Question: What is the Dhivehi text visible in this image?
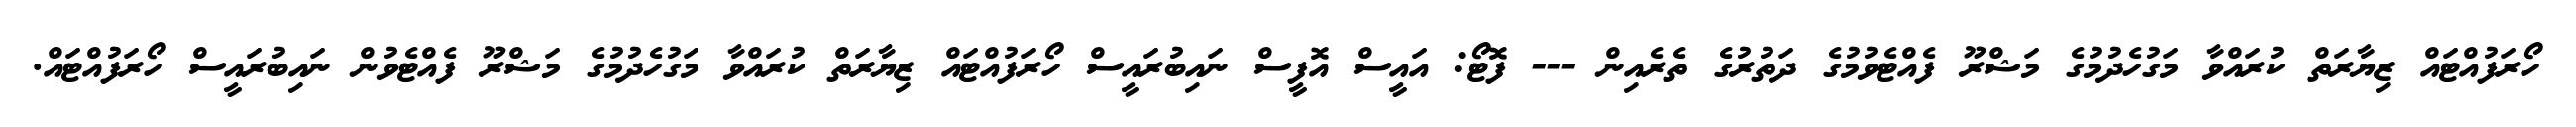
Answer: ހޯރަފުއްޓައް ޒިޔާރަތް ކުރައްވާ މަގުހެދުމުގެ މަޝްރޫ ފެއްޓެވުމުގެ ދަތުރުގެ ތެރެއިން --- ފޮޓޯ: އައީސް އޮފީސް ނައިބުރައީސް ހޯރަފުއްޓައް ޒިޔާރަތް ކުރައްވާ މަގުހެދުމުގެ މަޝްރޫ ފެއްޓެވުން ނައިބުރައީސް ހޯރަފުއްޓައް.